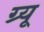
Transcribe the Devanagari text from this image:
ग्र्यू